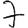
Digit: 7